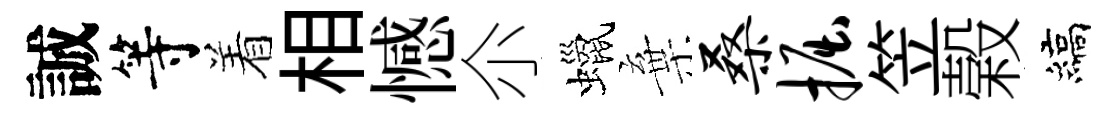
誠等着相憾尒蠟棄桑掘笠榖縞